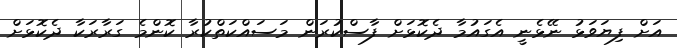
އަށް ފިޔަވަޅު ނޭޅެނީ އެގައުމާ ދެކޮޅަށް ފާސްކުރަން މަސައްކަތްކުރާ ކޮންމެ ގަރާރަކާ ދެކޮޅަށް